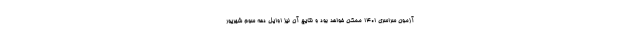
آزمون سراسری ۱۴۰۱ ممکن خواهد بود و نتایج آن نیز اوایل دهه سوم شهریور